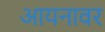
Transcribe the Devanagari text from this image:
आयनावर